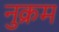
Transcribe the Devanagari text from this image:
नुक्रम